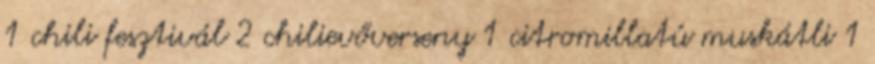
1 chili fesztivál 2 chilievőverseny 1 citromillatú muskátli 1